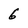
Character: 6